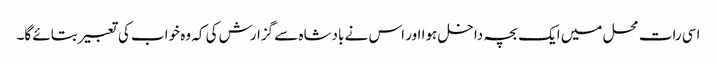
اسی رات محل میں ایک بچہ داخل ہوا اور اس نے بادشاہ سے گزارش کی کہ وہ خواب کی تعبیر بتائے گا۔